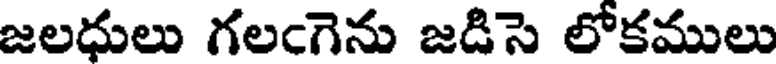
జలధులు గలఁగెను జడిసె లోకములు